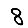
Digit: 8